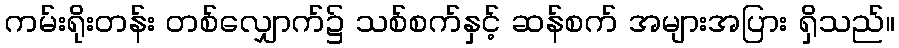
ကမ်းရိုးတန်း တစ်လျှောက်၌ သစ်စက်နှင့် ဆန်စက် အများအပြား ရှိသည်။